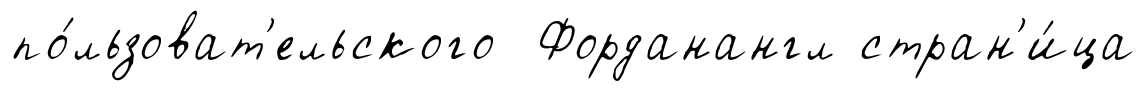
по́льзоват'ельского Форданангл стран'и́ца